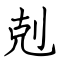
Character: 剋